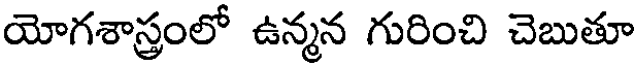
యోగశాస్త్రంలో ఉన్మన గురించి చెబుతూ